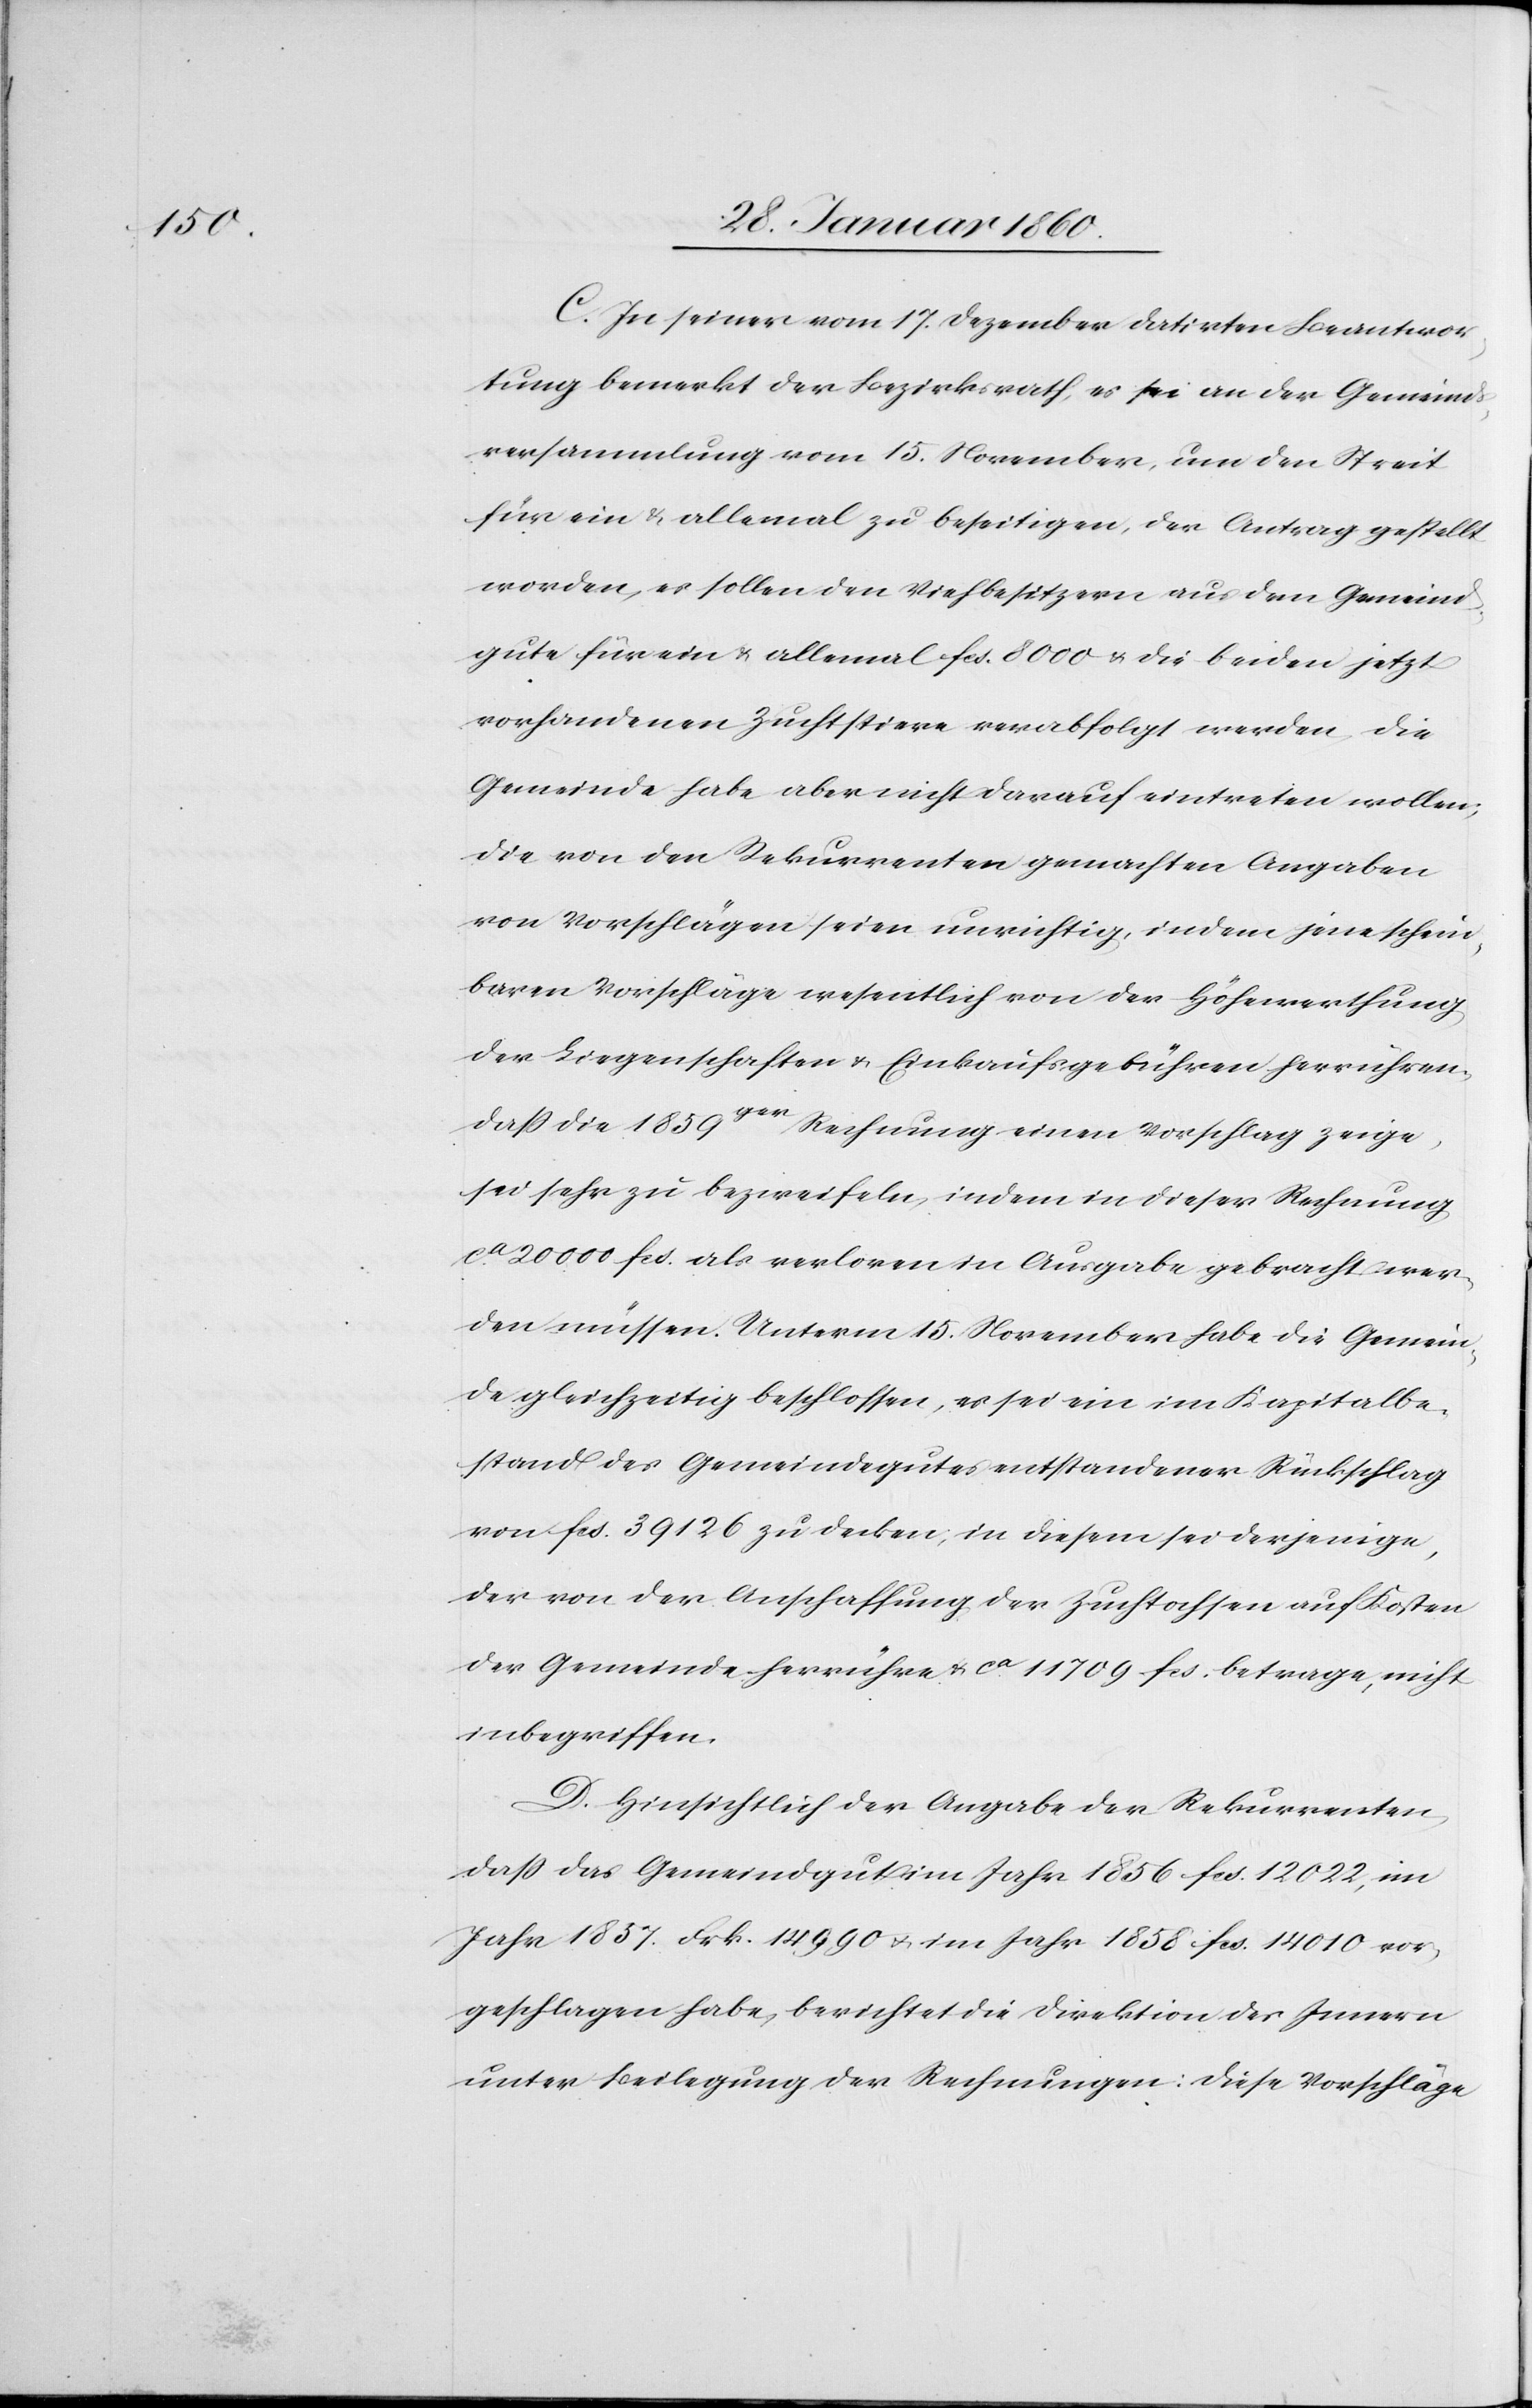
C. In seiner vom 17. Dezember datirten Beantwor¬
tung bemerkt der Bezirksrath, es sei an der Gemeinds¬
versammlung vom 15. November, um den Streit
für ein u. allemal zu beseitigen, der Antrag gestellt
worden, es sollen den Viehbesitzern aus dem Gemeind¬
gute für ein u. allemal fs. 8000 u. die beiden jetzt
vorhandenen Zuchtstiere verabfolgt werden. Die
Gemeinde habe aber nicht darauf eintreten wollen,
die von den Rekurrenten gemachten Angaben
von Vorschlägen seien unrichtig, indem jene schein¬
baren Vorschläge wesentlich von der Höhenwerthung
der Liegenschaft u. Einkaufsgebühren herrühren,
dass die 1859ger Rechnung einen Vorschlag zeige,
sei sehr zu bezweifeln, indem in dieser Rechnung
ca 20 000. fcs. als verloren in Ausgabe gebracht wer¬
den müssen. Unterm 15. November habe die Gemein¬
de gleichzeitig beschlossen, es sei ein im Kapitalbe¬
stand des Gemeindegutes entstandener Rückschlag
von fcs. 39 126 zu decken, in diesem sei derjenige,
der von der Anschaffung der Zuchtochsen auf Kosten
der Gemeinde herrühre u. ca 11 709 fcs. betrage, nicht
inbegriffen.
D. Hinsichtlich der Angabe der Rekurrenten,
dass das Gemeindgut im Jahr 1856 fcs. 12 022, im
Jahr 1837 Frk. 14 990 u. im Jahr 1858 fcs. 14 010 vor¬
geschlagen habe, berichtet die Direktion des Innern
unter Beilegung der Rechnungen: diese Vorschläge